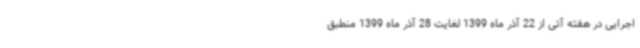
اجرایی در هفته آتی از 22 آذر ماه 1399 لغایت 28 آذر ماه 1399 منطبق